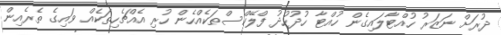
ދުރަށް ނަޒަރު ހުއްޓާލައިގެން ހުއްޓާ ހުދުހުދު ފްލޭކްސްތަކެއްހެން ހުރި އެއްޗެހިތަކެއް ވައިގެ ތެރެއިން